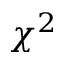
\chi ^ { 2 }